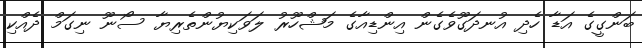
ބަންގީގެ އަޑާ ހެދި އުނދަގޫވެގެން އިންޑިއާގެ މަޝްހޫރު ލަވަކިޔުންތެރިޔާ ސޯނޫ ނިގަމް ދެއްކި